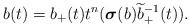
LaTeX: \begin{align*}b(t)=b_+(t) t^n (\boldsymbol\sigma(b) \widetilde{b}_+^{-1}(t)). \end{align*}